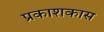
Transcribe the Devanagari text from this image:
प्रकाशकास